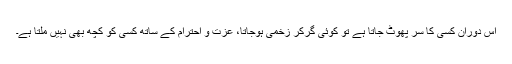
اس دوران کسی کا سر پھوٹ جاتا ہے تو کوئی گرکر زخمی ہوجاتا، عزت و احترام کے ساتھ کسی کو کچھ بھی نہیں ملتا ہے۔